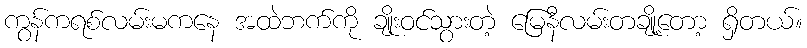
ကွန်ကရစ်လမ်းမကနေ အထဲဘက်ကို ချိုးဝင်သွားတဲ့ မြေနီလမ်းတချို့တော့ ရှိတယ်။